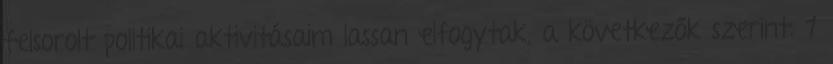
felsorolt politikai aktivitásaim lassan elfogytak, a követ­kezők szerint: 1